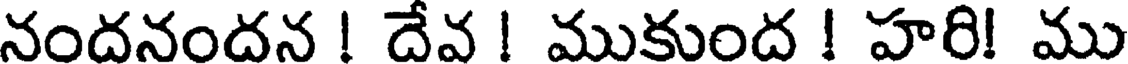
నందనందన ! దేవ ! ముకుంద ! హరి! ము